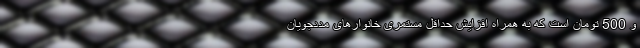
و 500 تومان است که به همراه افزایش حداقل مستمری خانوار‌های مددجویان